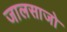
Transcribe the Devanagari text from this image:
जालसाजो